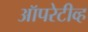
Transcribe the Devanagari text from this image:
ऑपरेटीव्ह